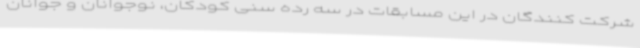
شرکت کنندگان در این مسابقات در سه رده سنی کودکان، نوجوانان و جوانان